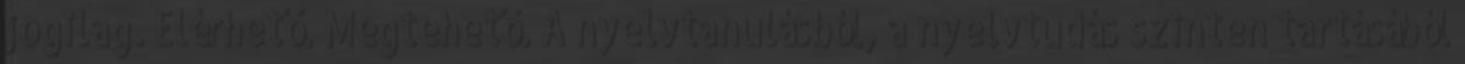
jogilag. Elérhető. Megtehető. A nyelvtanulásból, a nyelvtudás szinten tartásából